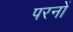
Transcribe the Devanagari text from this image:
परनों